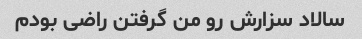
سالاد سزارش رو من گرفتن راضی بودم